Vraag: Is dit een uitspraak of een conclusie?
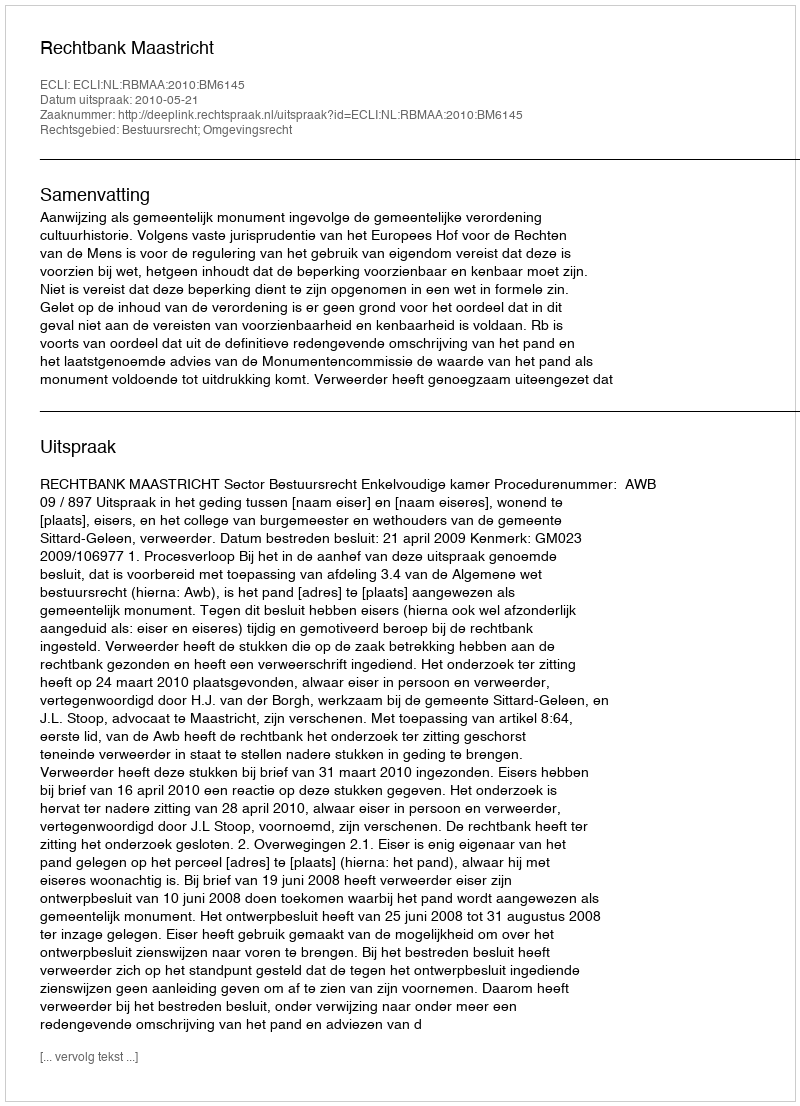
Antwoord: Uitspraak